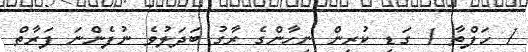
1 ހަފްތާ 1 ގަޑި ކުރިން ނިހާންގެ ރާގު ބަދަލުވެ ނުފެންނަ ފަރާތް